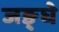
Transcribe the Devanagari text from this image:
जङ्घे